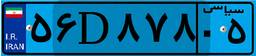
۵۶D۸۷۸۰۵